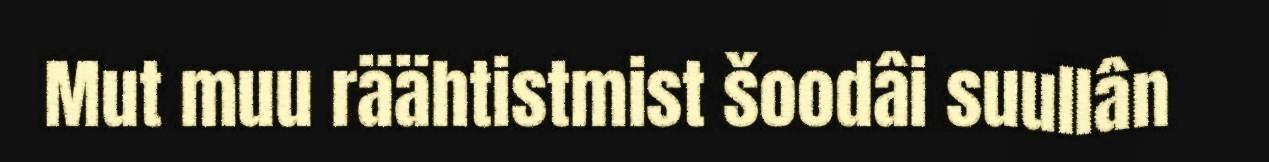
Mut muu räähtistmist šoodâi suullân